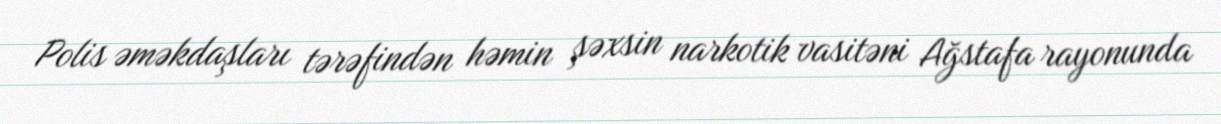
Polis əməkdaşları tərəfindən həmin şəxsin narkotik vasitəni Ağstafa rayonunda